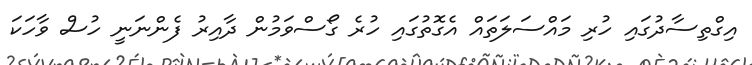
އިގްތިސާދުގައި ހުރި މައްސަލަތައް އެގޮތުގައި ހުރެ ގޯސްވަމުން ދާއިރު ފެންނަނީ ހުސް ވާހަކަ